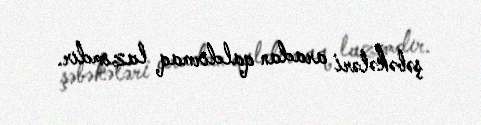
şəbəkələri aradan qaldırmaq lazımdır.